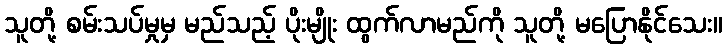
သူတို့ စမ်းသပ်မှုမှ မည်သည့် ပိုးမျိုး ထွက်လာမည်ကို သူတို့ မပြောနိုင်သေး။